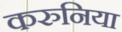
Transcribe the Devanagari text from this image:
करुनिया